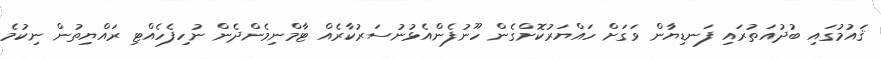
ޤައުމުގައި ބުދުއަތުރައި ފަނޑިޔާުން ވަގަށް ހައްޔަރުކޮށްގެން ހޫނުފެންއެޅުނުސަރުކާރެއް ޓާމްނިމެންދެން ނުހިފެހެއްޓި ރައްޔިތުން ނިކުމެ